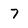
Character: 7